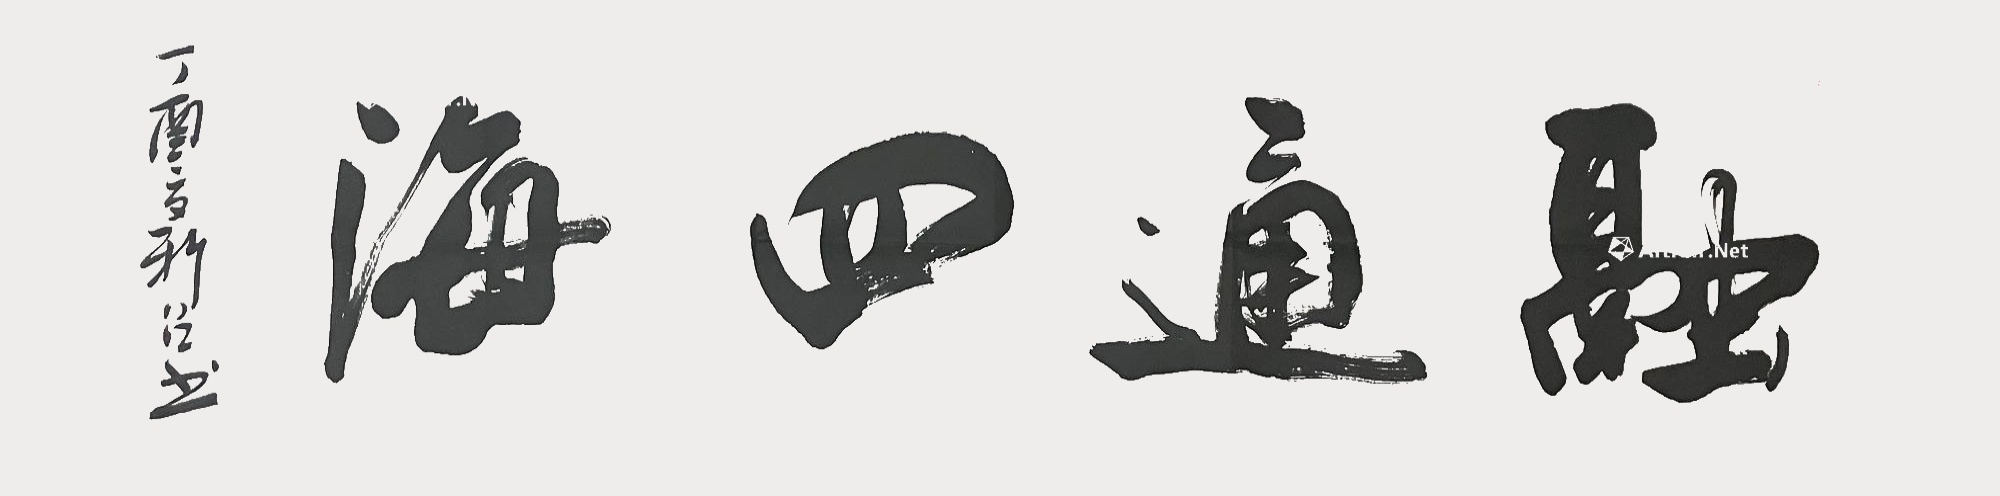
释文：融通四海丁酉夏新召书